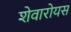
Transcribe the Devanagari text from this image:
शेवारोयस